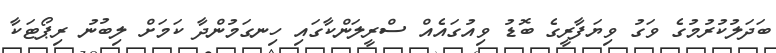
ބަދަލުކުރުމުގެ ވަގު ވިޔަފާރީގެ ބޮޑު ވިއުގައެއް ސްރީލަންކާގައި ހިނގަމުންދާ ކަމަށް ލިބުނު ރިޕޯޓަކާ